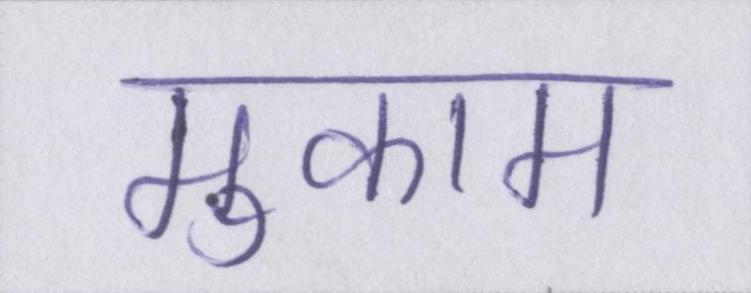
मुकाम